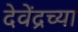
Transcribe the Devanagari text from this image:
देवेंद्रच्या